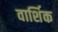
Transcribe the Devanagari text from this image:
वार्शिक